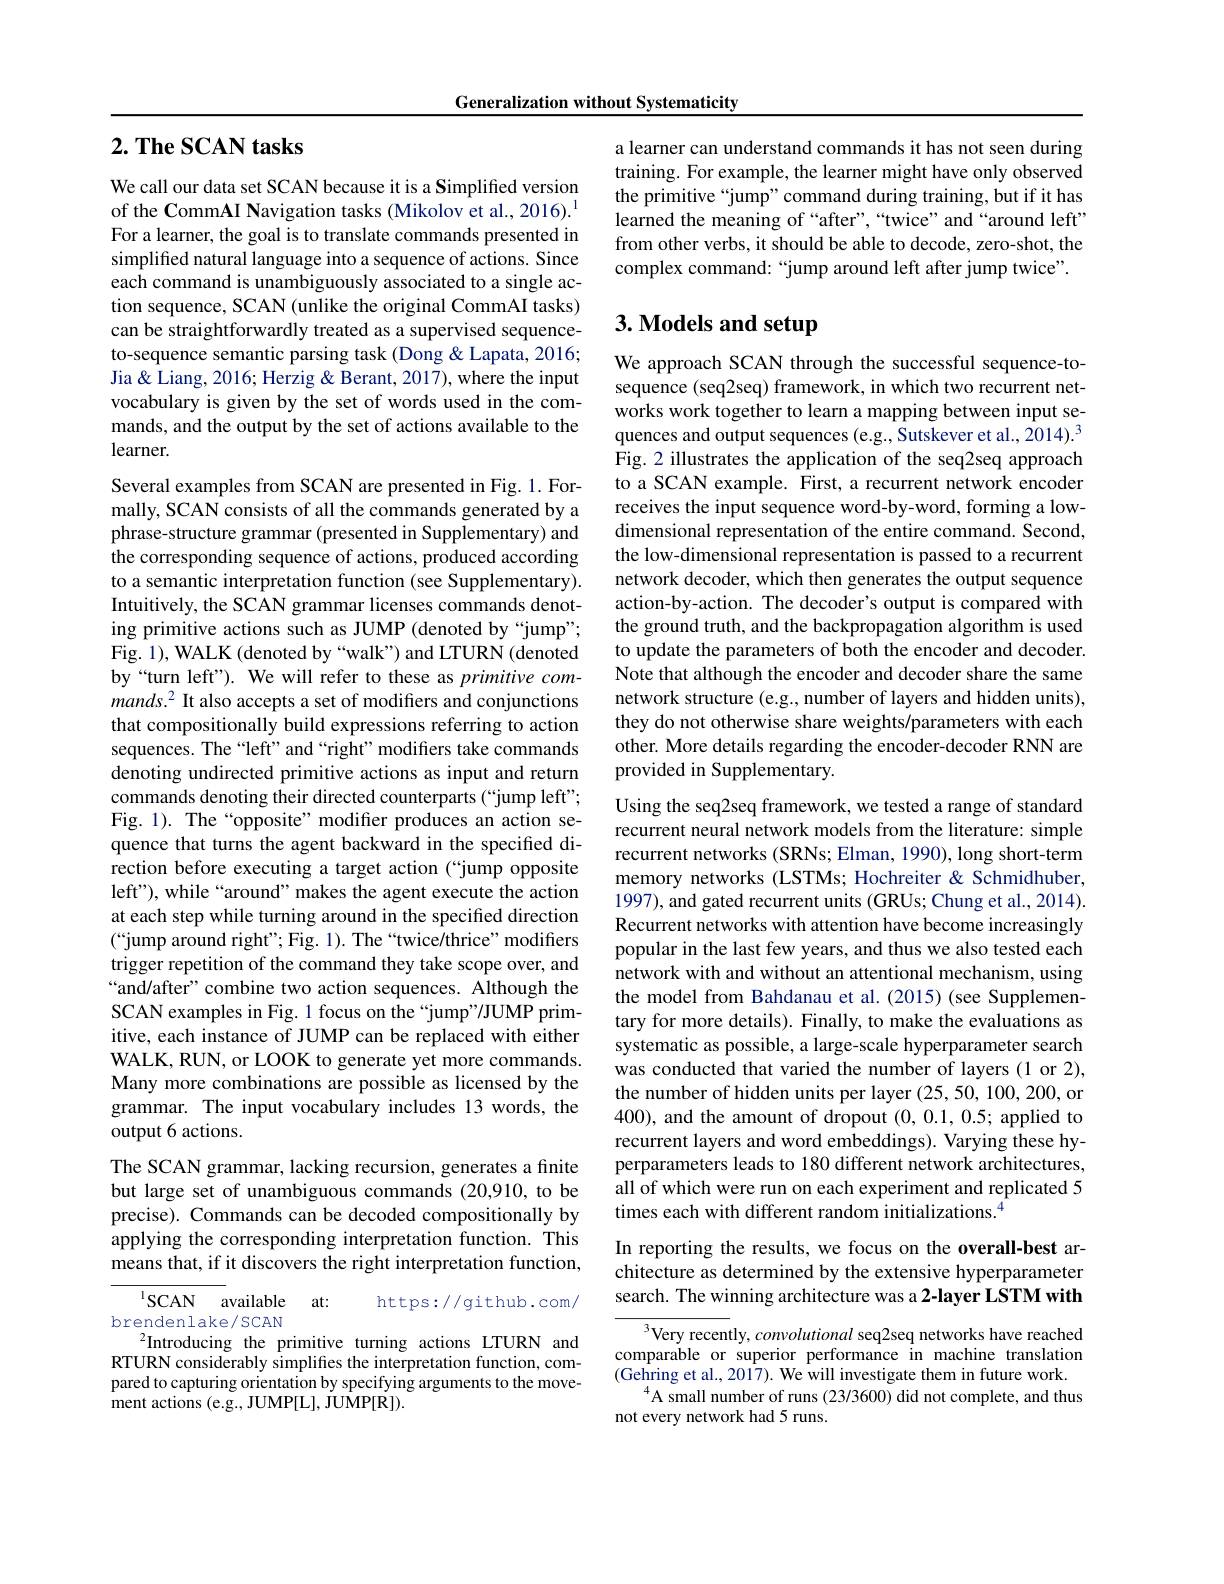
Generalization without Systematicity

## $2. \textbf{The SCAN tasks}$

We call our data set SCAN because it is a Simplified version of the CommAI Navigation tasks (Mikolov et al., 2016).$^{\mathrm{l}}$ For a learner, the goal is to translate commands presented in simplified natural language into a sequence of actions. Since each command is unambiguously associated to a single action sequence, SCAN (unlike the original CommAI tasks) can be straightforwardly treated as a supervised sequenceto-sequence semantic parsing task (Dong & Lapata, 2016; Jia & Liang, 2016; Herzig & Berant, 2017), where the input vocabulary is given by the set of words used in the commands, and the output by the set of actions available to the learner.

Several examples from SCAN are presented in Fig. 1. Formally, SCAN consists of all the commands generated by a phrase-structure grammar (presented in Supplementary) and the corresponding sequence of actions, produced according to a semantic interpretation function (see Supplementary). Intuitively, the SCAN grammar licenses commands denoting primitive actions such as JUMP (denoted by“jump”; Fig. 1), WALK (denoted by“walk") and LTURN (denoted by“turn left”). We will refer to these as primitive commands.$^2$ It also accepts a set of modifers and conjunctions that compositionally build expressions referring to action sequences. The “left”and“right”modifiers take commands denoting undirected primitive actions as input and return commands denoting their directed counterparts (“jump left"; Fig. 1). The “opposite” modifer produces an action sequence that turns the agent backward in the specified direction before executing a target action (“jump opposite left"), while“around” makes the agent execute the action at each step while turning around in the specified direction $(“$jump around right"Fig. 1). The“twice/thrice” modifiers trigger repetition of the command they take scope over, and “and/after”combine two action sequences. Although the SCAN examples in Fig. 1 focus on the “jump”/JUMP primitive, each instance of JUMP can be replaced with either WALK, RUN, or LOOK to generate yet more commands. Many more combinations are possible as licensed by the grammar. The input vocabulary includes 13 words, the output 6 actions.
The SCAN grammar, lacking recursion, generates a finite but large set of unambiguous commands (20,910, to be precise). Commands can be decoded compositionally by applying the corresponding interpretation function. This means that, if it discovers the right interpretation function,

$^{1}$SCAN available
at:
https://github.com/
brendenlake/SCAN
$^{2}$Introducing the primitive turning actions LTURN and RTURN considerably simplifies the interpretation function, compared to capturing orientation by specifying arguments to the movement actions (e.g., JUMP[L], JUMP[R]).

a learner can understand commands it has not seen during training. For example, the learner might have only observed the primitive “jump”command during training, but if it has learned the meaning of “after”,“twice”and“around left" from other verbs, it should be able to decode, zero-shot, the complex command: “jump around left after jump twice”.

# 3. Models and setup

We approach SCAN through the successful sequence-tosequence (seq2seq) framework, in which two recurrent networks work together to learn a mapping between input sequences and output sequences (e.g., Sutskever et al., 2014). 3 Fig. 2 illustrates the application of the seq2seq approach to a SCAN example. First, a recurrent network encoder receives the input sequence word-by-word, forming a lowdimensional representation of the entire command. Second, the low-dimensional representation is passed to a recurrent network decoder, which then generates the output sequence action-by-action. The decoder's output is compared with the ground truth, and the backpropagation algorithm is used to update the parameters of both the encoder and decoder. Note that although the encoder and decoder share the same network structure (e.g., number of layers and hidden units), they do not otherwise share weights/parameters with each other. More details regarding the encoder-decoder RNN are provided in Supplementary.

Using the seq2seq framework, we tested a range of standard recurrent neural network models from the literature: simple recurrent networks (SRNs; Elman, 1990), long short-term memory networks (LSTMs; Hochreiter & Schmidhuber, 1997), and gated recurrent units (GRUs; Chung et al., 2014). Recurrent networks with attention have become increasingly popular in the last few years, and thus we also tested each network with and without an attentional mechanism, using the model from Bahdanau et al. (2015) (see Supplementary for more details). Finally, to make the evaluations as systematic as possible, a large-scale hyperparameter search was conducted that varied the number of layers (1 or 2), the number of hidden units per layer (25, 50, 100, 200, or 400), and the amount of dropout (0,0.1,0.5; applied to recurrent layers and word embeddings). Varying these hyperparameters leads to 180 different network architectures, all of which were run on each experiment and replicated 5 times each with different random initializations.$^{4}$

In reporting the results, we focus on the overall-best architecture as determined by the extensive hyperparameter search. The winning architecture was a 2-layer LSTM with

${^3}$Very recently, convolutional seq2seq networks have reached comparable or superior performance in machine translation
$^{4}$A small number of runs (23/3600) did not complete, and thus
not every network had 5 runs.